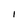
Character: i